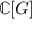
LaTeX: \mathbb { C } [ G ]